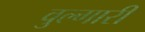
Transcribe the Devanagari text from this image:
वुल्गारी